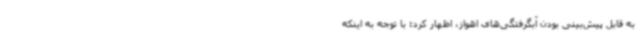
به قابل پیش‌بینی بودن آبگرفتگی‌های اهواز، اظهار کرد: با توجه به اینکه